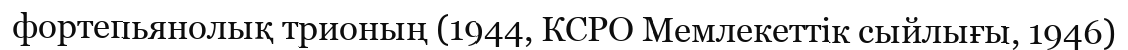
фортепьянолық трионың (1944, КСРО Мемлекеттік сыйлығы, 1946)